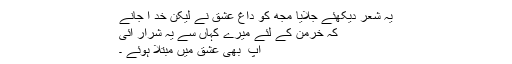
یہ شعر دیکھئے جلایا مجھ کو داغِ عشق نے لیکن خد ا جانے
کہ خرِمن کے لئے میرے کہاں سے یہ شرار آئی
آپ ؔ بھی عشق میں مبتلا ہوئے ۔